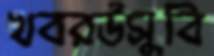
খবরউসুবি